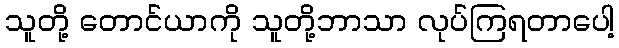
သူတို့ တောင်ယာကို သူတို့ဘာသာ လုပ်ကြရတာပေါ့